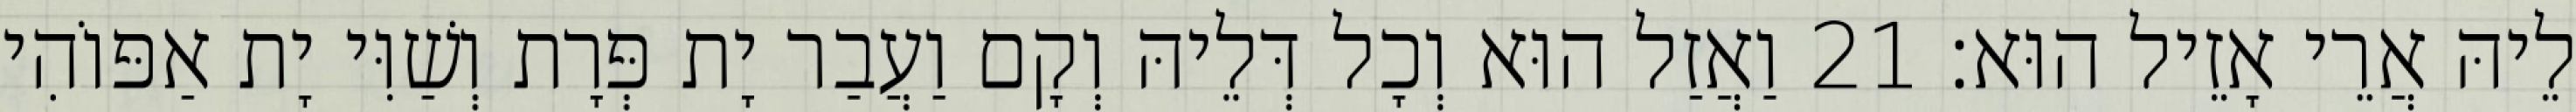
לֵיהּ אֲרֵי אָזֵיל הוּא׃ 21 וַאֲזַל הוּא וְכָל דְּלֵיהּ וְקָם וַעֲבַר יָת פְּרָת וְשַׁוִּי יָת אַפּוֹהִי